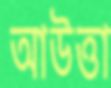
আউত্তা